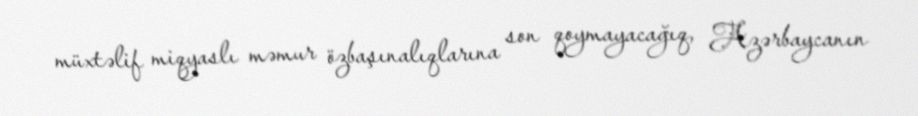
müxtəlif miqyaslı məmur özbaşınalıqlarına son qoymayacağıq, Azərbaycanın